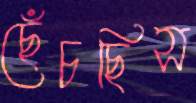
ছেঁচছিস